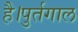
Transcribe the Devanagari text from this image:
है।पुर्तगाल